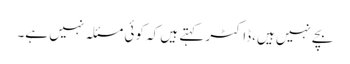
بچے نہیں ہیں،ڈاکٹر کہتے ہیں کہ کوئی مسئلہ نہیں ہے۔